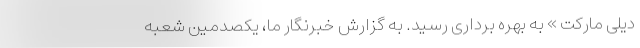
دیلی مارکت » به بهره برداری رسید. به گزارش خبرنگار ما، یکصدمین شعبه